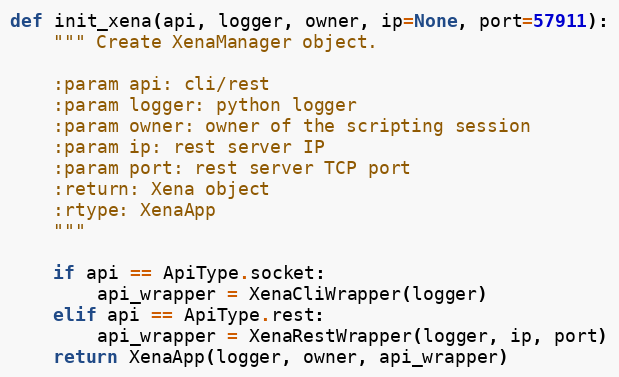
Language: Python
def init_xena(api, logger, owner, ip=None, port=57911):
    """ Create XenaManager object.

    :param api: cli/rest
    :param logger: python logger
    :param owner: owner of the scripting session
    :param ip: rest server IP
    :param port: rest server TCP port
    :return: Xena object
    :rtype: XenaApp
    """

    if api == ApiType.socket:
        api_wrapper = XenaCliWrapper(logger)
    elif api == ApiType.rest:
        api_wrapper = XenaRestWrapper(logger, ip, port)
    return XenaApp(logger, owner, api_wrapper)